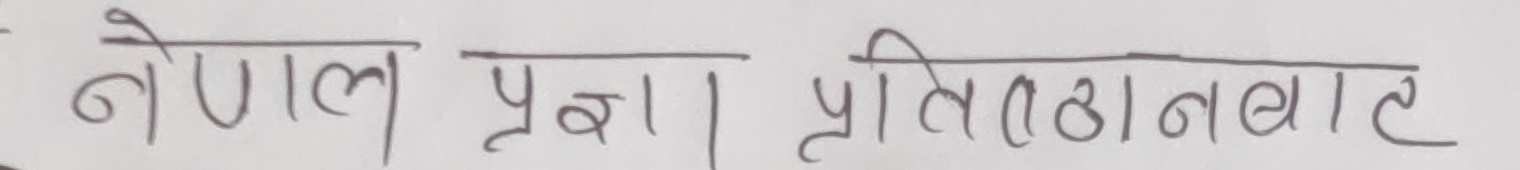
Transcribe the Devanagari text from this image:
नेपाल प्रजा प्रतिष्ठानबाट